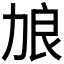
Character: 𫦭